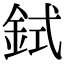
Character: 鉽